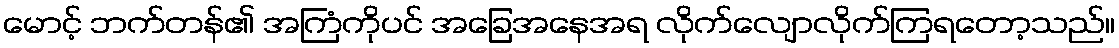
မောင့် ဘက်တန်၏ အကြံကိုပင် အခြေအနေအရ လိုက်လျောလိုက်ကြရတော့သည်။